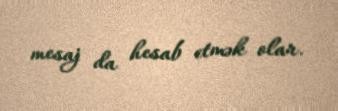
mesaj da hesab etmək olar.